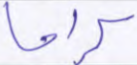
كراما